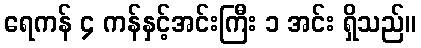
ရေကန် ၄ ကန်နှင့်အင်းကြီး ၁ အင်း ရှိသည်။